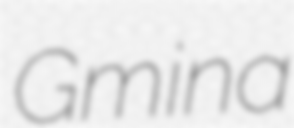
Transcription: Gmina